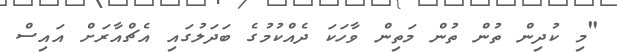
"މި ކުދިން ތުން ތުން މަތިން ވާހަކަ ދެއްކުމުގެ ބަދަލުގައި އެޗްއާރަށް އައިސް